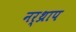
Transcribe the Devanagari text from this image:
नर्थ्राप